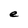
Character: e